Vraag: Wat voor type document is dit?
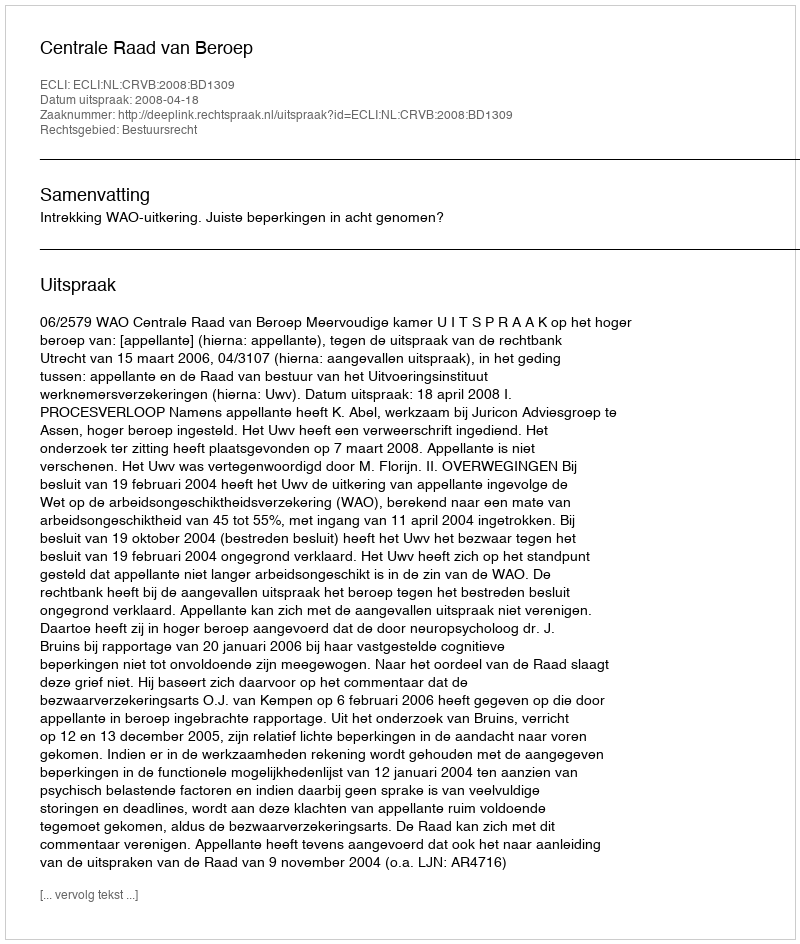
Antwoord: Uitspraak